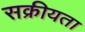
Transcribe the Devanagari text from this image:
सक्रीयता